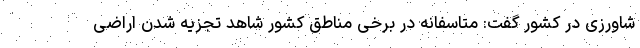
شاورزی در کشور گفت: متاسفانه در برخی مناطق کشور شاهد تجزیه شدن اراضی